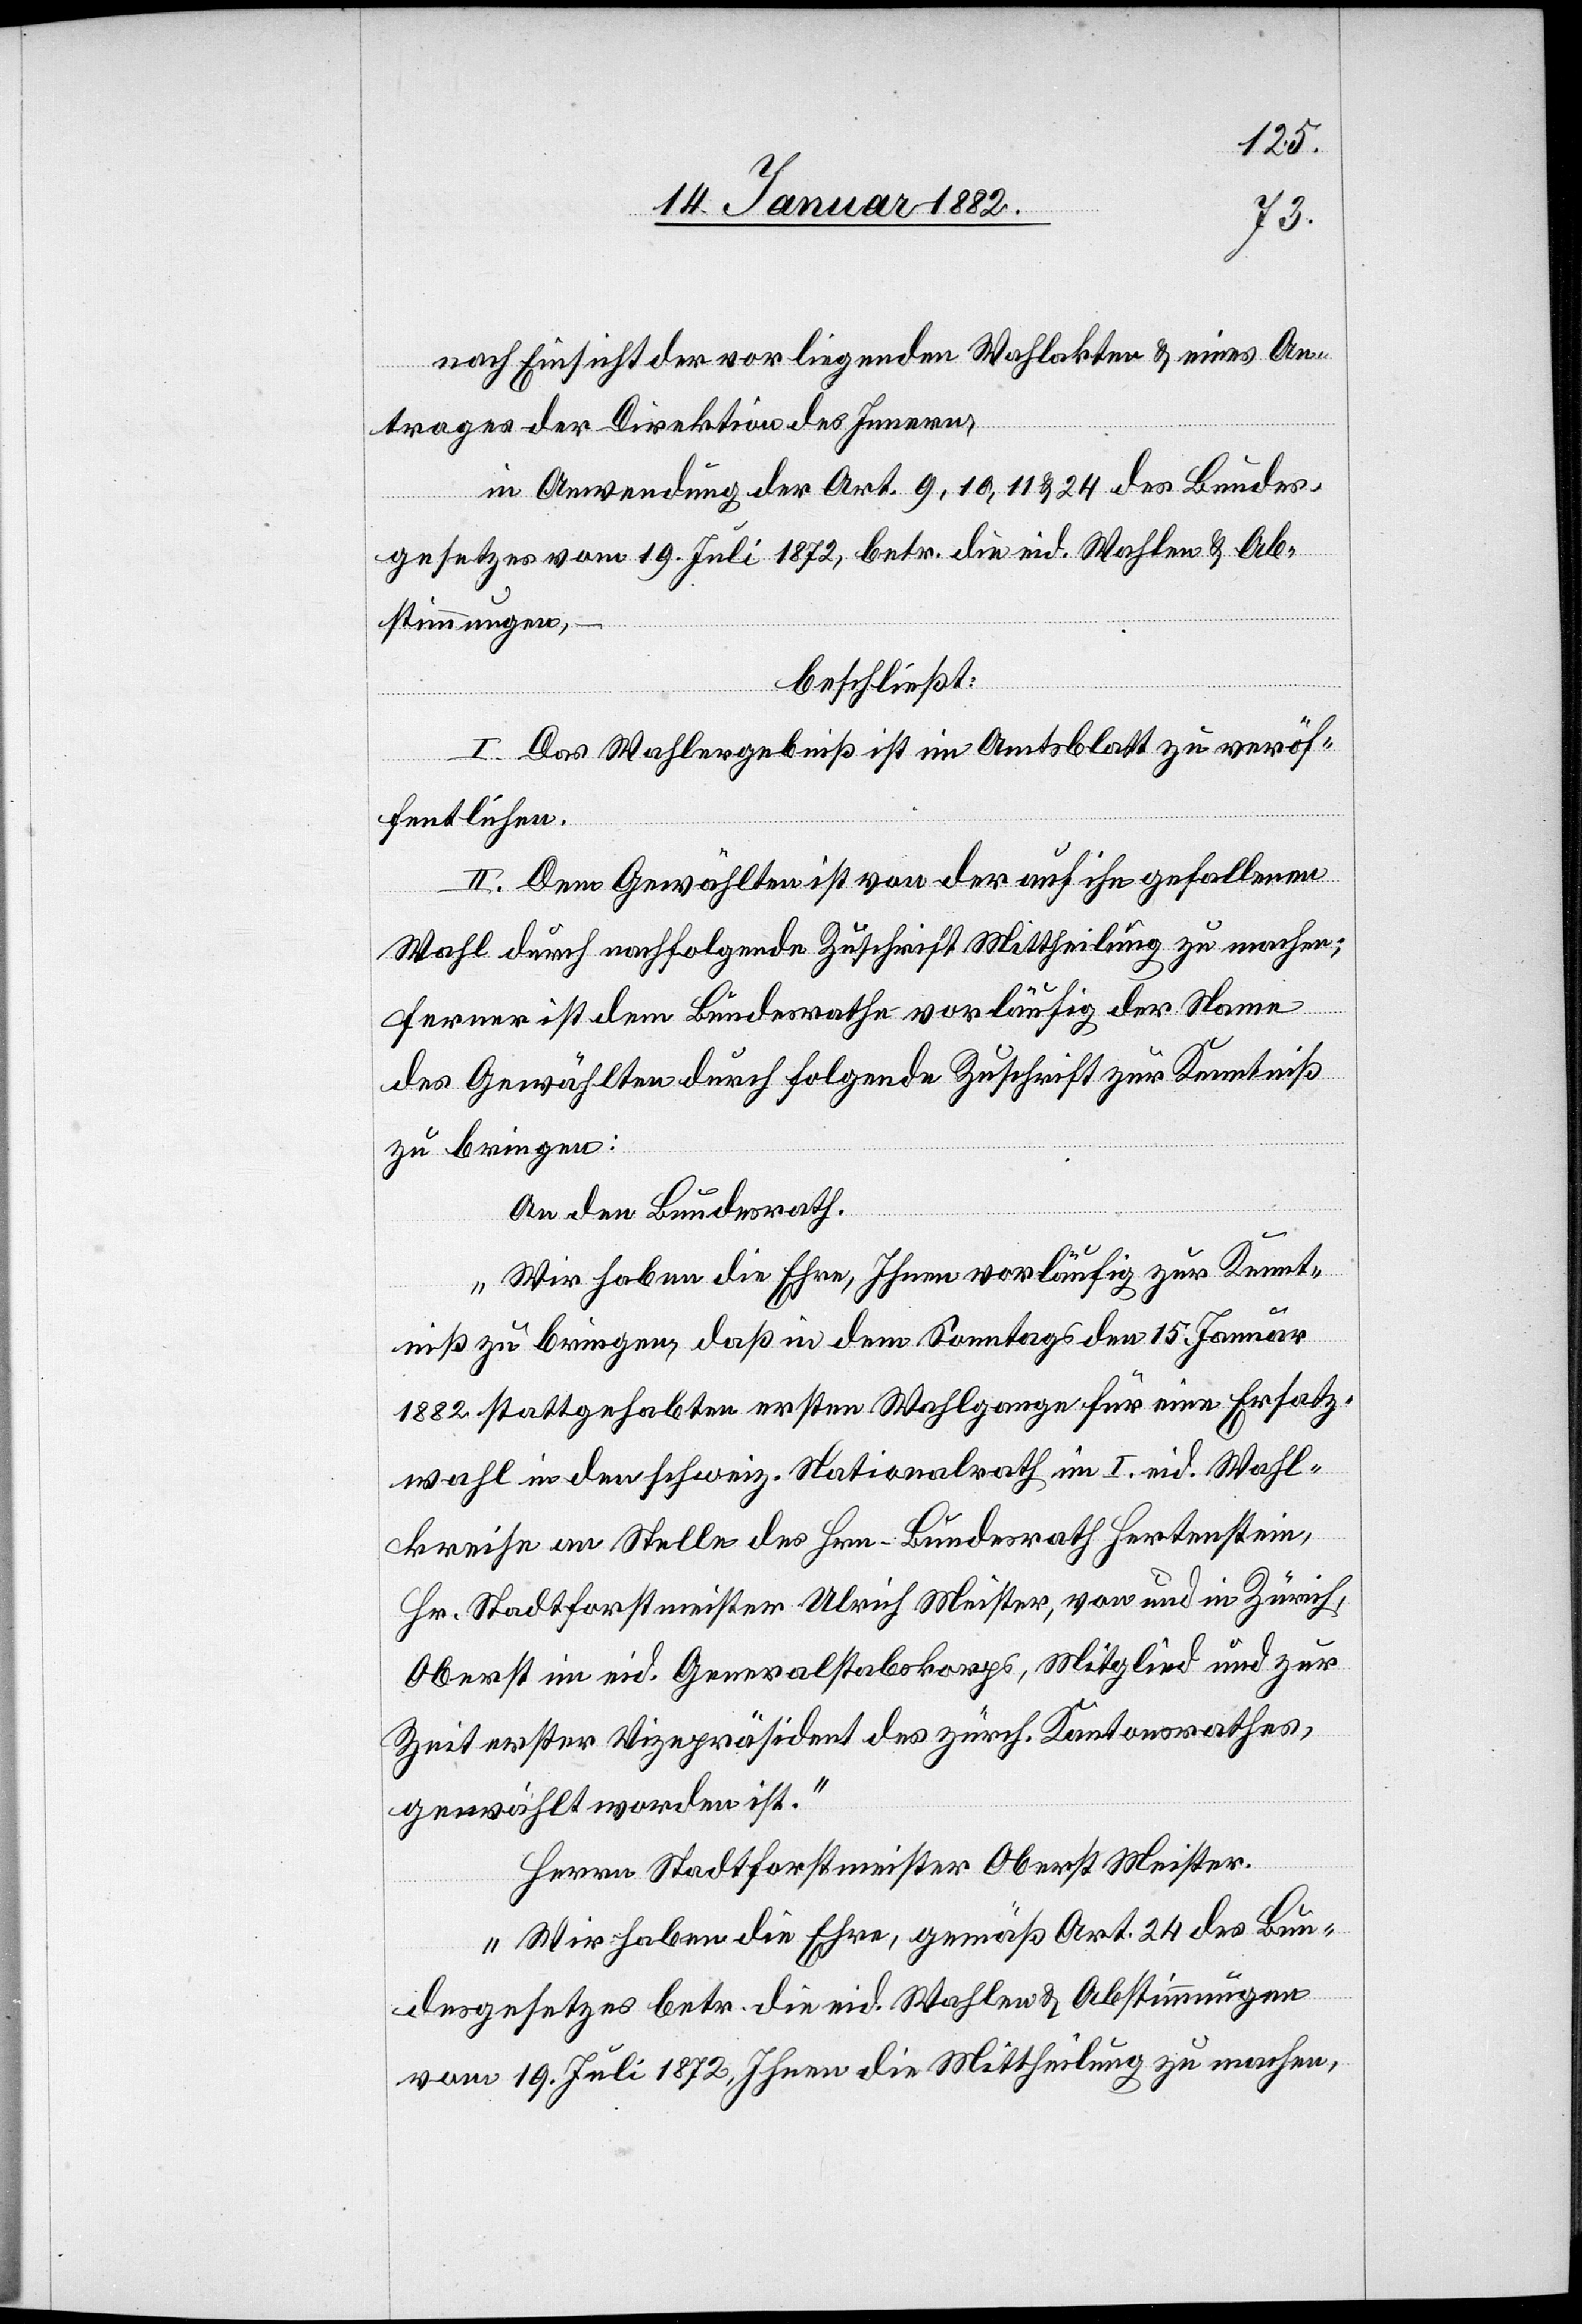
nach Einsicht der vorliegenden Wahlakten & eines An¬
trages der Direktion des Innern,
in Anwendung der Art. 9, 10, 11 & 24 des Bundes¬
gesetzes vom 19. Juli 1872, betr. die eid. Wahlen & Ab¬
stimmungen,
beschließt:
I. Das Wahlergebniß ist im Amtsblatt zu veröf¬
fentlichen.
II. Dem Gewählten ist von der auf ihn gefallenen
Wahl durch nachfolgende Zuschrift Mittheilung zu machen;
ferner ist dem Bundesrathe vorläufig der Name
des Gewählten durch folgende Zuschrift zur Kenntniß
zu bringen:
An den Bundesrath.
„Wir haben die Ehre, Ihnen vorläufig zur Kennt¬
niß zu bringen, daß in dem Sonntags den 15. Januar
1882 stattgehabten ersten Wahlgange für eine Ersatz¬
wahl in den schweiz. Nationalrath im I. eid. Wahl¬
kreise an Stelle des Hrn. Bundesrath Hertenstein,
Hr. Stadtforstmeister Ulrich Meister, von und in Zürich,
Oberst im eid. Generalstabskorps, Mitglied und zur
Zeit erster Vizepräsident des zürch. Kantonsrathes,
gewählt worden ist.“
Herren Stadtforstmeister Oberst Meister.
„Wir haben die Ehre, gemäß Art. 24 des Bun¬
desgesetzes betr. die eid. Wahlen & Abstimmungen
vom 19. Juli 1872 Ihnen die Mittheilung zu machen,